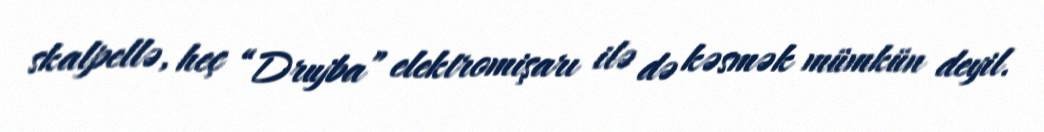
skalpellə, heç “Drujba” elektromişarı ilə də kəsmək mümkün deyil.